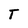
Character: T